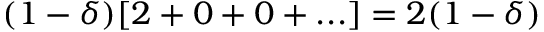
( 1 - \delta ) [ 2 + 0 + 0 + . . . ] = 2 ( 1 - \delta )